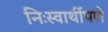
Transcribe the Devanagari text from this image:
निःस्वार्थीपणे